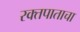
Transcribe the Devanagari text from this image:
रक्तपाताचा